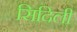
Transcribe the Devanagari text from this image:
सिदिली